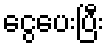
ငွေပေးပြီး